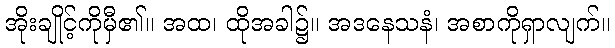
အိုးချိုင့်ကိုမှီ၏။ အထ၊ ထိုအခါ၌။ အဒနေသနံ၊ အစာကိုရှာလျက်။